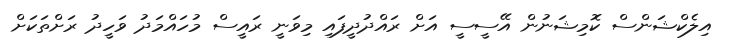
އިލެކްޝަންސް ކޮމިޝަނުން އޭސީސީ އަށް ރައްދުދީފައި މިވަނީ ރައީސް މުހައްމަދު ވަހީދު ރަށްތަކަށް